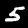
Digit: 5